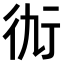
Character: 𧗝